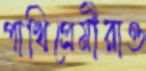
পাখিপ্রেমীরাও